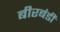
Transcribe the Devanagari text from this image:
बीरबंडी